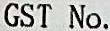
GST NO.